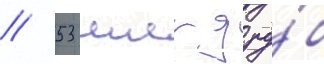
/ 53 млрд ру́б